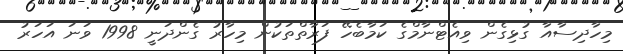
މިހާދިސާއާ ގުޅިގެން ވިއެޓްނާމްގެ ކަމާބެހޭ ފަރާތްތަކުން މިހާރު ގެންދަނީ 1998 ވަނަ އަހަރު